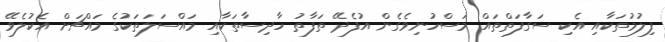
ފިލުމުތަކާއި އެކި ސަގާފަތްތައް މަސްހުނިވެގެން އުފެދޭ ތަފާތު ހާދިސާތަކާއި މައްސަލަތަކުގެ މައްޗަށް އެކުލެވޭ